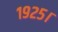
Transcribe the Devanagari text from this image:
१९२५।